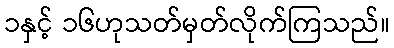
၁နှင့် ၁၆ဟုသတ်မှတ်လိုက်ကြသည်။